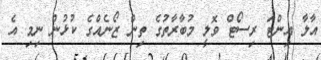
އާލާ އިންޓަ ރިސޯޓް ވޮލީ މުބާރާތުގެ ތިން ޒޯނެއްގެ ކުޅުން ނިމި އެ